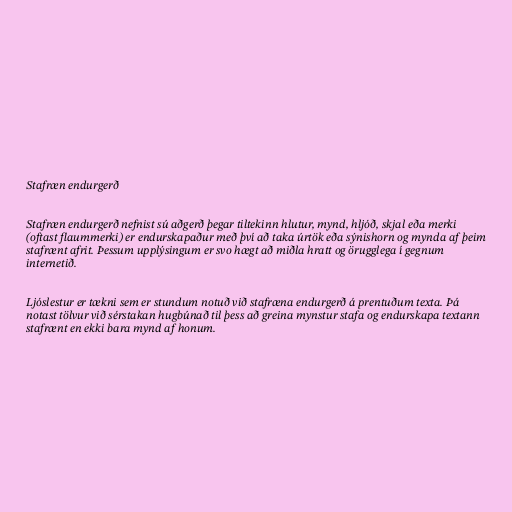
Stafræn endurgerð

Stafræn endurgerð nefnist sú aðgerð þegar tiltekinn hlutur, mynd, hljóð, skjal eða merki
(oftast flaummerki) er endurskapaður með því að taka úrtök eða sýnishorn og mynda af þeim
stafrænt afrit. Þessum upplýsingum er svo hægt að miðla hratt og örugglega í gegnum
internetið.

Ljóslestur er tækni sem er stundum notuð við stafræna endurgerð á prentuðum texta. Þá
notast tölvur við sérstakan hugbúnað til þess að greina mynstur stafa og endurskapa textann
stafrænt en ekki bara mynd af honum.